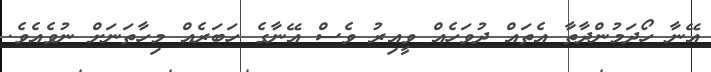
އޭނާ ހޯދަމުންދާތާ އެތައް ދުވަހެއް ވީއިރު ވެސް އޭނާގެ ހަބަރެއް މިހާތަނަށް ނުވެއެވެ.